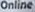
Online